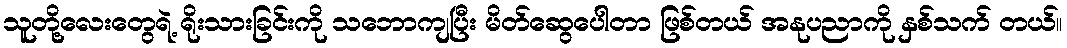
သူတို့လေးတွေရဲ့ ရိုးသားခြင်းကို သဘောကျပြီး မိတ်ဆွေပေါတာ ဖြစ်တယ် အနုပညာကို နှစ်သက် တယ်။